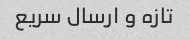
تازه و ارسال سریع